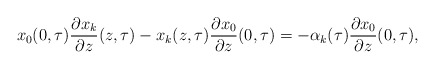
\begin{align*}x_0(0,\tau)\frac{\partial x_k}{\partial z}(z,\tau)-x_k(z,\tau)\frac{\partial x_0}{\partial z}(0,\tau)=-\alpha_k(\tau)\frac{\partial x_0}{\partial z}(0,\tau),\end{align*}